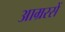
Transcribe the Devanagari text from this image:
आम्ररसें